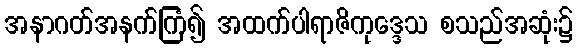
အနာဂတ်အနက်ကြံ၍ အထက်ပါရာဇိကုဒ္ဒေသ စသည်အဆုံး၌